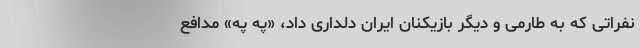
نفراتی که به طارمی و دیگر بازیکنان ایران دلداری داد، «په په» مدافع